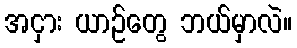
အငှား ယာဉ်တွေ ဘယ်မှာလဲ။